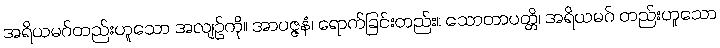
အရိယမဂ်တည်းဟူသော အလျဉ်ကို။ အာပဇ္ဇနံ၊ ရောက်ခြင်းတည်း။ သောတာပတ္တိ၊ အရိယမဂ် တည်းဟူသော